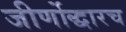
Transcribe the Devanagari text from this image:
जीर्णोद्धारच